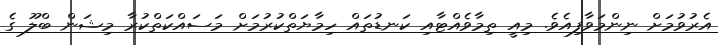
އެރުވުމަށް ނިންމަވާފިއެވެ. މިއީ ތިމާވެއްޓާއި ކަނޑުތައް ހިމާޔަތްކުރުމަށް މަސައްކަތްކުރާ މިޝަން ބްލޫ ގެ